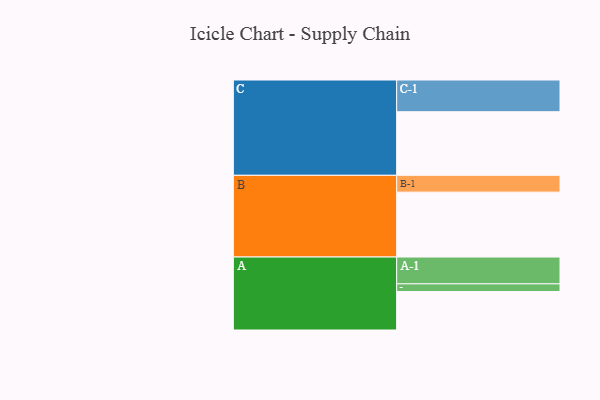
{"axis": {"x": "Segment", "y": "Value"}, "legend": ["", "A", "B", "C"], "data": [{"x": "A", "y": 320, "type": ""}, {"x": "B", "y": 540, "type": ""}, {"x": "C", "y": 529, "type": ""}, {"x": "A-1", "y": 223, "type": "A"}, {"x": "A-2", "y": 64, "type": "A"}, {"x": "B-1", "y": 140, "type": "B"}, {"x": "C-1", "y": 264, "type": "C"}]}